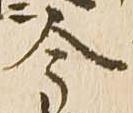
今